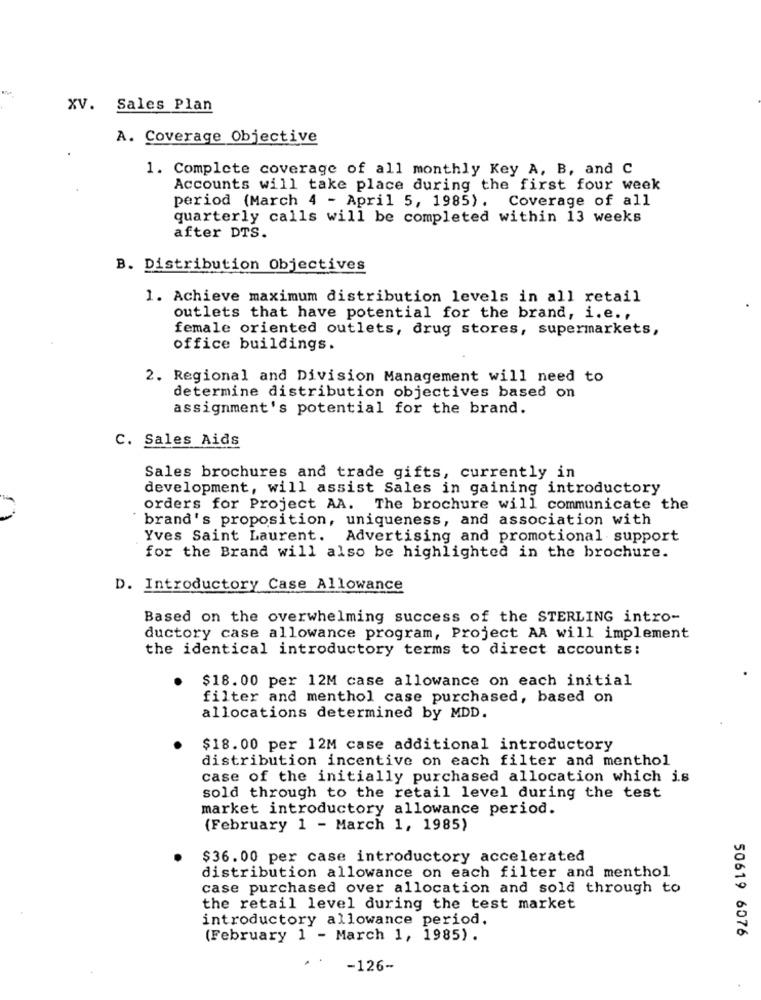
XV. Sales Plan
A. Coverage Objective
1. Complete coverage of all monthly Key A, B, and C
Accounts will take place during the first four week
period (March 4 - April 5, 1985). Coverage of all
quarterly calls will be completed within 13 weeks
after DTS.
B. Distribution Objectives
1. Achieve maximum distribution levels in all retail
outlets that have potential for the brand, i.e .,
female oriented outlets, drug stores, supermarkets,
office buildings.
2. Regional and Division Management will need to
determine distribution objectives based on
assignment's potential for the brand.
C. Sales Aids
Sales brochures and trade gifts, currently in
development, will assist Sales in gaining introductory
orders for Project AA. The brochure will communicate the
brand's proposition, uniqueness, and association with
Yves Saint Laurent. Advertising and promotional support
for the Brand will also be highlighted in the brochure.
D. Introductory Case Allowance
Based on the overwhelming success of the STERLING intro-
ductory case allowance program, Project AA will implement
the identical introductory terms to direct accounts:
$18.00 per 12M case allowance on each initial
filter and menthol case purchased, based on
allocations determined by MDD.
$18.00 per 12M case additional introductory
distribution incentive on each filter and menthol
case of the initially purchased allocation which is
sold through to the retail level during the test
market introductory allowance period.
(February 1 - March 1, 1985)
$36.00 per case introductory accelerated
distribution allowance on each filter and menthol
case purchased over allocation and sold through to
the retail level during the test market
introductory allowance period.
50619 6076
(February 1 - March 1, 1985).
-126-